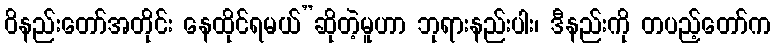
ဝိနည်းတော်အတိုင်း နေထိုင်ရမယ်”ဆိုတဲ့မူဟာ ဘုရားနည်းပါး၊ ဒီနည်းကို တပည့်တော်က